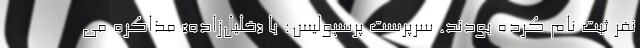
نفر ثبت نام کرده بودند. سرپرست پرسپولیس: با «خلیل‌زاده» مذاکره می